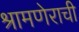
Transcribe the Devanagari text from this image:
श्रामणेराची